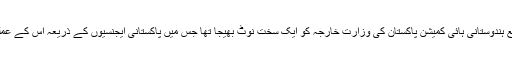
یہاں یہ بات قابل ذکر ہے کہ مارچ میں پاکستان میں واقع ہندوستانی ہائی کمیشن پاکستان کی وزارت خارجہ کو ایک سخت نوٹ بھیجا تھا جس میں پاکستانی ایجنسیوں کے ذریعہ اس کے عملہ اور افسروں کو ہراساں کے خلاف احتجاج کیا گیا تھا۔